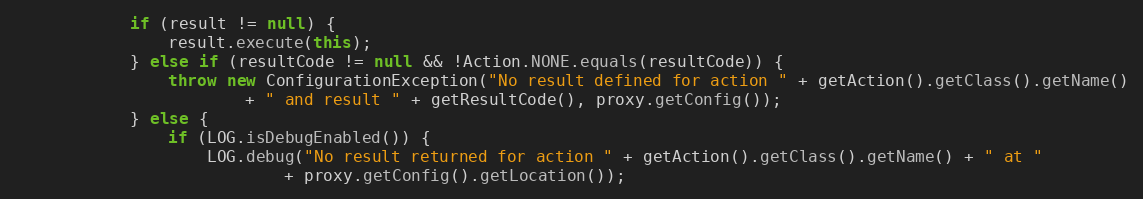
Language: Java
			if (result != null) {
				result.execute(this);
			} else if (resultCode != null && !Action.NONE.equals(resultCode)) {
				throw new ConfigurationException("No result defined for action " + getAction().getClass().getName()
						+ " and result " + getResultCode(), proxy.getConfig());
			} else {
				if (LOG.isDebugEnabled()) {
					LOG.debug("No result returned for action " + getAction().getClass().getName() + " at "
							+ proxy.getConfig().getLocation());